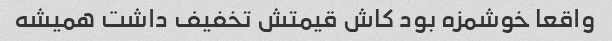
واقعا خوشمزه بود کاش قیمتش تخفیف داشت همیشه